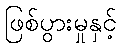
ဖြစ်ပွားမှုနှင့်